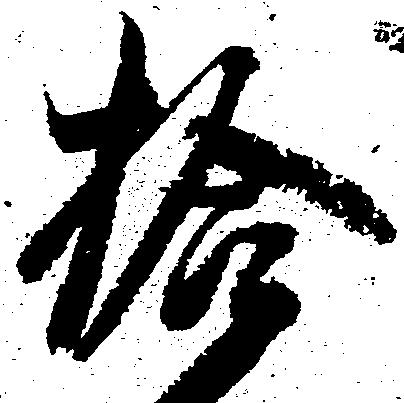
拾